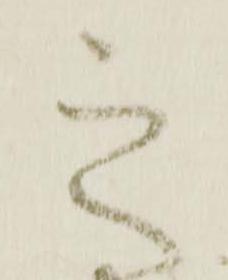
之